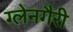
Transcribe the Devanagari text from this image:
ग्लेनगैरी